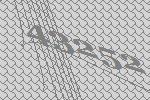
43252